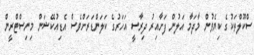
ސްކޫލްތަކުގެ ކިޔެވުން މާދަމާ އަލުން ފަށާއިރު ދިރާސީ އަހަރުގެ ކަލަންޑަރަށްވެސް އެޑިއުކޭޝަން މިނިސްޓްރީން